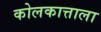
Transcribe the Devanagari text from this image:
कोलकात्ताला